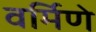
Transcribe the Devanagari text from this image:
वर्मिणे